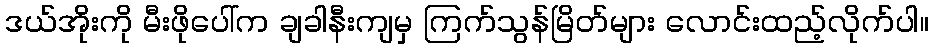
ဒယ်အိုးကို မီးဖိုပေါ်က ချခါနီးကျမှ ကြက်သွန်မြိတ်များ လောင်းထည့်လိုက်ပါ။